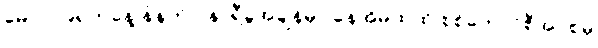
မေလ၁၉ရက်နေ့ နံနက် ၇နာရီခွဲအချိန်မှာ နေအိမ်ထဲထိ စစ်ကောင်စီအုပ်စုမှ